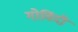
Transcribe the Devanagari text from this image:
गोविंदी